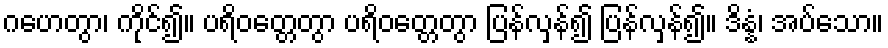
ဂဟေတွာ၊ ကိုင်၍။ ပရိဝတ္တေတွာ ပရိဝတ္တေတွာ ပြန်လှန်၍ ပြန်လှန်၍။ ဒိန္နံ၊ အပ်သော။